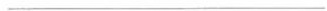
__________________